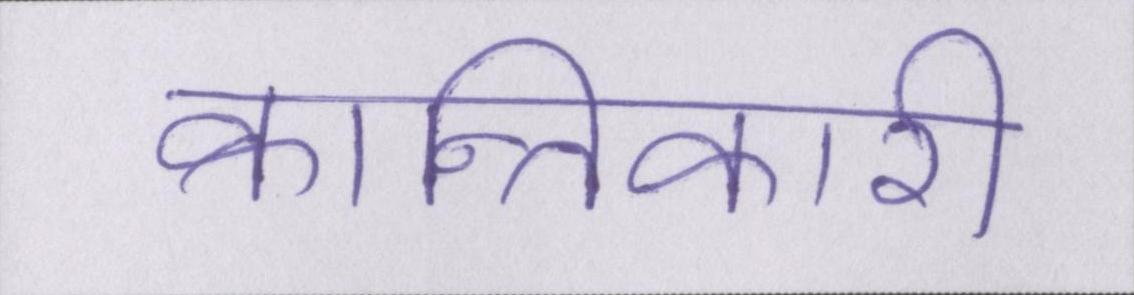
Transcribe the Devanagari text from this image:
क्रान्तिकारी